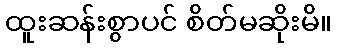
ထူးဆန်းစွာပင် စိတ်မဆိုးမိ။